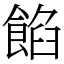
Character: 餡